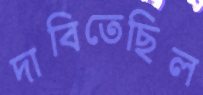
দাবিতেছিল